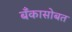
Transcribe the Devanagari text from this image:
बँकासोबत